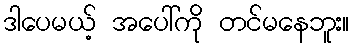
ဒါပေမယ့် အပေါ်ကို တင်မနေဘူး။